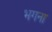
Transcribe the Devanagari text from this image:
भगना